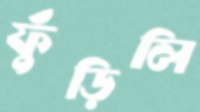
ফুঁড়িলি